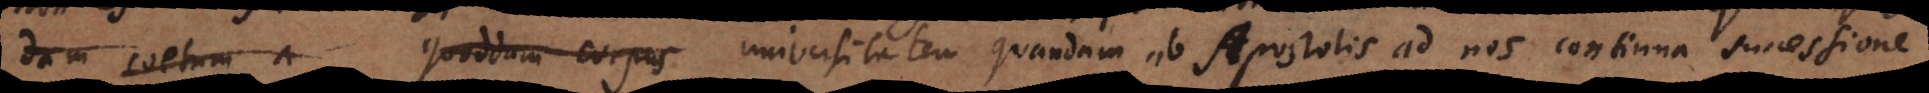
quendam coetum a quoddam corpus universitatem quandam ab Apostolis ad nos continua successione